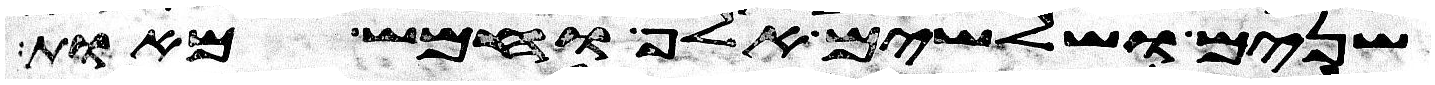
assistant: שנים ושלשים אלף וחמש מאות